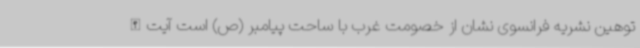
توهین نشریه فرانسوی نشان از خصومت غرب با ساحت پیامبر (ص) است آیت‌الله